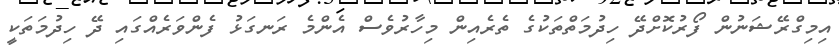
އިމިގްރޭޝަނުން ފޯރުކޮށްދޭ ހިދުމަތްތަކުގެ ތެރެއިން މިހާރުވެސް އެންމެ ރަނގަޅު ފެންވަރެއްގައި ދޭ ހިދުމަތަކީ